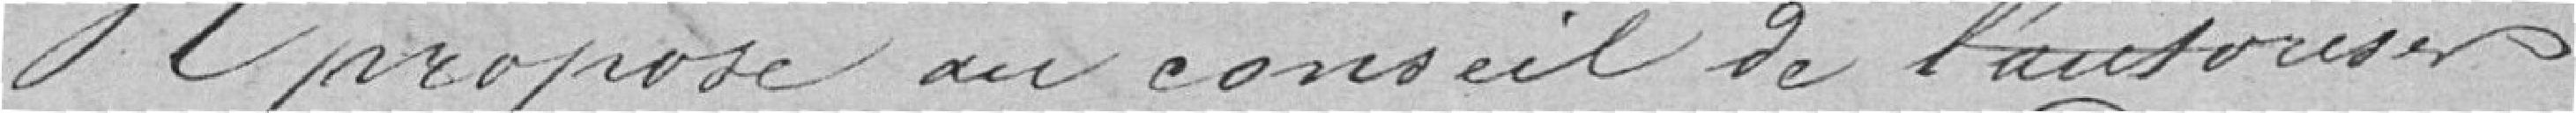
Il propose au conseil de l'autoriser